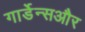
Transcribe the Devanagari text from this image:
गार्डेन्सऔर